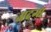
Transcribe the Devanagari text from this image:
अदग्ध